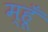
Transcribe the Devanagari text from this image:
म्हूँ